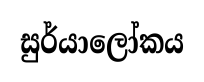
සුර්යාලෝකය